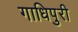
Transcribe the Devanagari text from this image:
गाधिपुरी